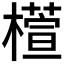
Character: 𣜯